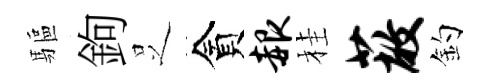
驅鉤𠯁貪赧桂蔽釣